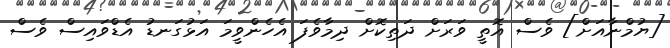
[ޔުމްނާއަށް] ވެސް އޮތީ ވަރަށް ދަތިކޮށް ދިމާވެފަ އެހެންވީމަ އަޅުގަނޑު އެޑްވައިސް ވެސް